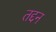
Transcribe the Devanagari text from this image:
तद्दन